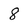
Character: 8